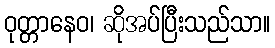
ဝုတ္တာနေဝ၊ ဆိုအပ်ပြီးသည်သာ။